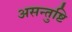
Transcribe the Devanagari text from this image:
असन्तुष्टि